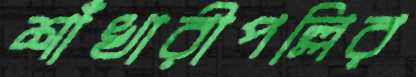
শাঁখারীপল্লির